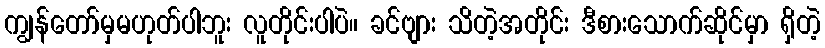
ကျွန်တော်မှမဟုတ်ပါဘူး လူတိုင်းပါပဲ။ ခင်ဗျား သိတဲ့အတိုင်း ဒီစားသောက်ဆိုင်မှာ ရှိတဲ့